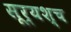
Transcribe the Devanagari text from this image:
सूर्यश्च